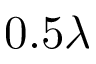
0 . 5 \lambda